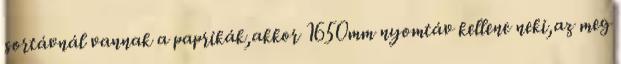
sortávnál vannak a paprikák,akkor 1650mm nyomtáv kellene neki,az meg